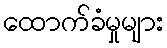
ထောက်ခံမှုများ